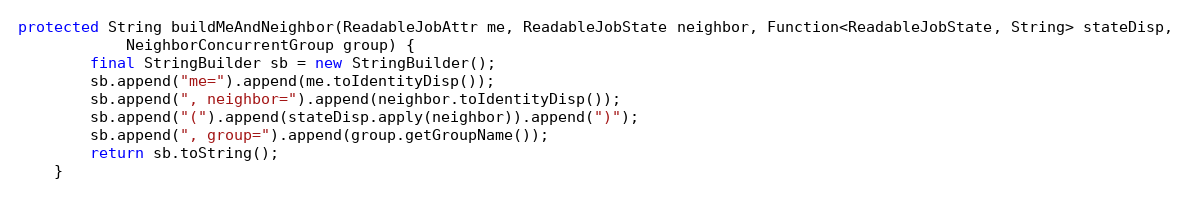
Language: Java
protected String buildMeAndNeighbor(ReadableJobAttr me, ReadableJobState neighbor, Function<ReadableJobState, String> stateDisp,
            NeighborConcurrentGroup group) {
        final StringBuilder sb = new StringBuilder();
        sb.append("me=").append(me.toIdentityDisp());
        sb.append(", neighbor=").append(neighbor.toIdentityDisp());
        sb.append("(").append(stateDisp.apply(neighbor)).append(")");
        sb.append(", group=").append(group.getGroupName());
        return sb.toString();
    }